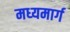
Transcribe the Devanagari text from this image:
मध्‍यमार्ग